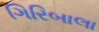
ગિરિબાલા